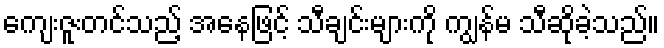
ကျေးဇူးတင်သည့် အနေဖြင့် သီချင်းများကို ကျွန်မ သီဆိုခဲ့သည်။